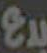
بدع